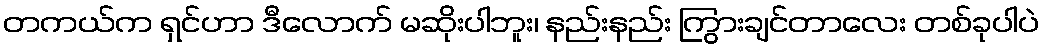
တကယ်က ရှင်ဟာ ဒီလောက် မဆိုးပါဘူး၊ နည်းနည်း ကြွားချင်တာလေး တစ်ခုပါပဲ